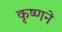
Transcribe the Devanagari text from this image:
कृष्‍णने